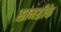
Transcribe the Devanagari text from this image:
सामग्रीके